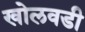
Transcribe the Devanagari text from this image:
खोलवडी